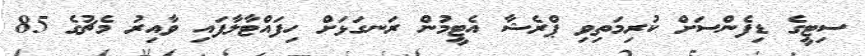
ސިޓީގެ ޑިފެންސަށް ކުރިމަތިވި ޕްރެޝާ އެޓީމުން ރަނގަޅަށް ހިފައްޓާލާފައި ވާއިރު މެޗުގެ 85